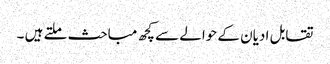
تقابل ادیان کے حوالے سے کچھ مباحث ملتے ہیں ۔